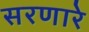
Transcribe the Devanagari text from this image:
सरणारे